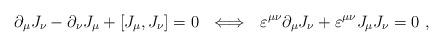
LaTeX: \begin{align*}{\partial }_\mu J_\nu -{\partial }_\nu J_\mu +[J_\mu ,J_\nu]=0~~\Longleftrightarrow ~~\varepsilon ^{\mu \nu }{\partial }_\mu J_\nu+\varepsilon ^{\mu \nu }J_\mu J_\nu =0~,\end{align*}